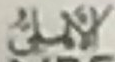
الأهلى